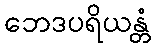
ဘေဒပရိယန္တံ